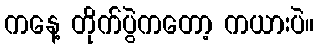
ကနေ့ တိုက်ပွဲကတော့ ကယားပဲ။